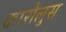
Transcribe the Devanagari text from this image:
कारोलुस